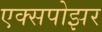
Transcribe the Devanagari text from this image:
एक्सपोझर